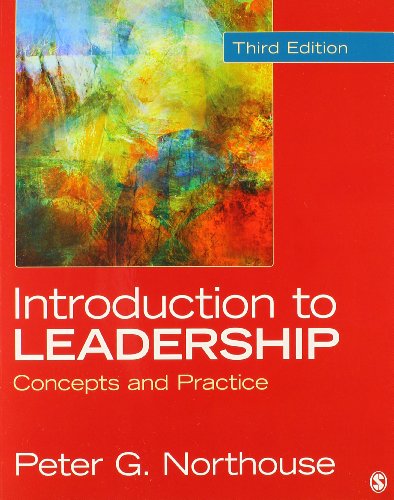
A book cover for Northouse: Introduction to Leadership 3e + Northouse: Introduction to Leadership 3e Interactive Ebook; Peter G. Northouse; Politics & Social Sciences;